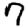
Digit: 7